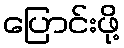
ပြောင်းဖို့